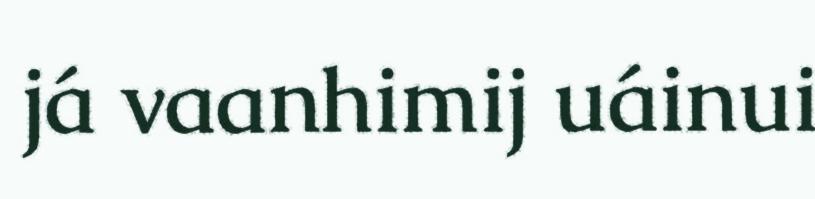
já vaanhimij uáinui